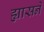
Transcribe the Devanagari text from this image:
ह्यासने